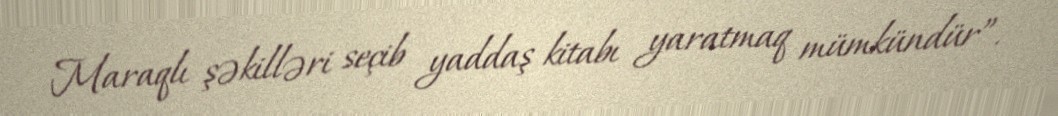
Maraqlı şəkilləri seçib yaddaş kitabı yaratmaq mümkündür”.